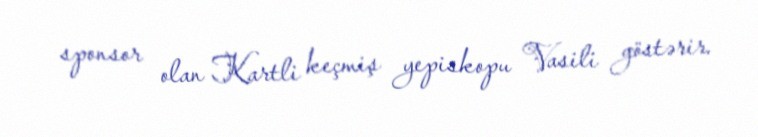
sponsor olan Kartli keçmiş yepiskopu Vasili göstərir.